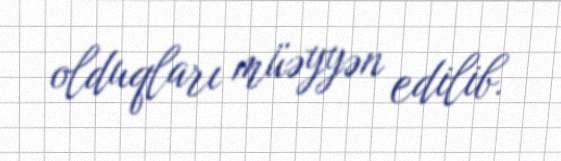
olduqları müəyyən edilib.